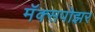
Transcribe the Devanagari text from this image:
मॅक्सपोझर